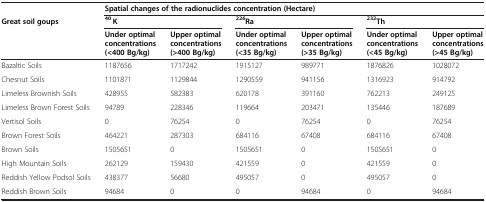
<table><thead><tr><td></td><td colspan="6"><b>Spatial changes of the radionuclides concentration (Hectare)</b></td></tr><tr><td rowspan="2"><b>Great soil goups</b></td><td colspan="2"><b><sup>40</sup> K</b></td><td colspan="2"><b><sup>226</sup>Ra</b></td><td colspan="2"><b><sup>232</sup>Th</b></td></tr><tr><td><b>Under optimal concentrations (&lt;400 Bg/kg)</b></td><td><b>Upper optimal concentrations (&gt;400 Bg/kg)</b></td><td><b>Under optimal concentrations (&lt;35 Bg/kg)</b></td><td><b>Upper optimal concentrations (&gt;35 Bg/kg)</b></td><td><b>Under optimal concentrations (&lt;45 Bg/kg)</b></td><td><b>Upper optimal concentrations (&gt;45 Bg/kg)</b></td></tr></thead><tbody><tr><td>Bazaltic Soils</td><td>1187656</td><td>1717242</td><td>1915127</td><td>989771</td><td>1876826</td><td>1028072</td></tr><tr><td>Chesnut Soils</td><td>1101871</td><td>1129844</td><td>1290559</td><td>941156</td><td>1316923</td><td>914792</td></tr><tr><td>Limeless Brownish Soils</td><td>428955</td><td>582383</td><td>620178</td><td>391160</td><td>762213</td><td>249125</td></tr><tr><td>Limeless Brown Forest Soils</td><td>94789</td><td>228346</td><td>119664</td><td>203471</td><td>135446</td><td>187689</td></tr><tr><td>Vertisol Soils</td><td>0</td><td>76254</td><td>0</td><td>76254</td><td>0</td><td>76254</td></tr><tr><td>Brown Forest Soils</td><td>464221</td><td>287303</td><td>684116</td><td>67408</td><td>684116</td><td>67408</td></tr><tr><td>Brown Soils</td><td>1505651</td><td>0</td><td>1505651</td><td>0</td><td>1505651</td><td>0</td></tr><tr><td>High Mountain Soils</td><td>262129</td><td>159430</td><td>421559</td><td>0</td><td>421559</td><td>0</td></tr><tr><td>Reddish Yellow Podsol Soils</td><td>438377</td><td>56680</td><td>495057</td><td>0</td><td>495057</td><td>0</td></tr><tr><td>Reddish Brown Soils</td><td>94684</td><td>0</td><td>0</td><td>94684</td><td>0</td><td>94684</td></tr></tbody></table>